Annual administration report of the Civil Veterinary Department of India - 1897-1898
Year: 1897
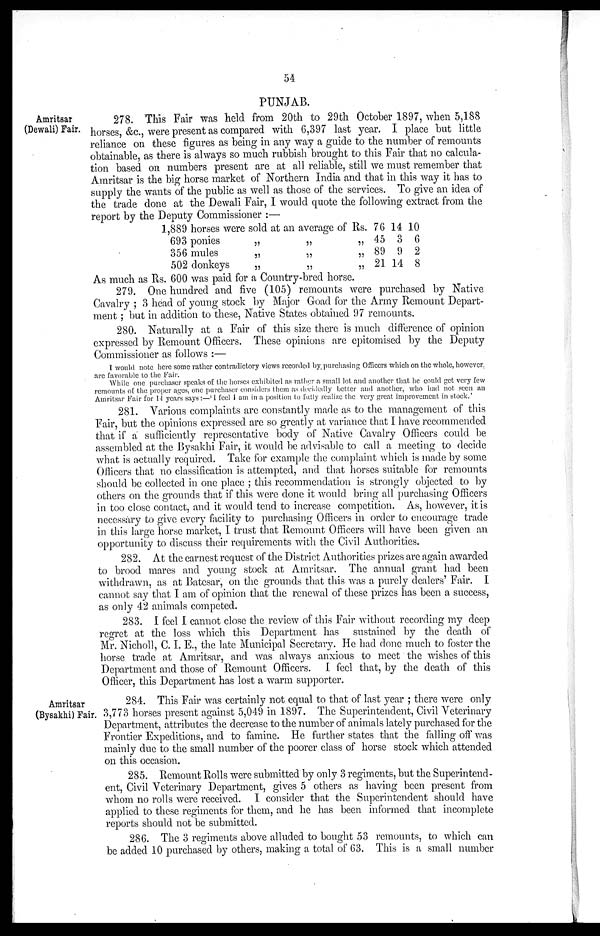
54
Amritsar
(Dewali) Fair.
278. This Fair was held from 20th to 29th October 1897, when 5,188
horses, &c., were present as compared with 6,397 last year. I place but little
reliance on these figures as being in any way a guide to the number of remounts
obtainable, as there is always so much rubbish brought to this Fair that no calcula-
tion based on numbers present are at all reliable, still we must remember that
Amritsar is the big horse market of Northern India and that in this way it has to
supply the wants of the public as well as those of the services. To give an idea of
the trade done at the Dewali Fair, I would quote the following extract from the
report by the Deputy Commissioner:—
1,889 horses were sold at an average of Rs.
693 ponies
356 mules
502 donkeys
„
„
„
„
„
„
„
„
„
76
45
89
21
14
3
9
14
10
6
2
8
As much as Rs. 600 was paid for a Country-bred horse.
279. One hundred and five (105) remounts were purchased by Native
Cavalry; 3 head of young stock by Major Goad for the Army Remount Depart-
ment; but in addition to these, Native States obtained 97 remounts.
280. Naturally at a Fair of this size there is much difference of opinion
expressed by Remount Officers. These opinions are epitomised by the Deputy
Commissioner as follows:—
I would note here some rather contradictory views recorded by, purchasing Officers which on the whole, however,
arc favorable to the Fair.
While one purchaser speaks of the horses exhibited as rather a small lot and another that he could get very few
remounts of the proper ages, one purchaser considers them as decidedly better and another, who had not seen an
Amritsar Fair for 14 years says:—' I feel I am in a position to fully realize the very great improvement in stock.'
281. Various complaints are constantly made as to the management of this
Fair, but the opinions expressed are so greatly at variance that I have recommended
that if a sufficiently representative body of Native Cavalry Officers could be
assembled at the Bysakhi Fair, it would be advisable to call a meeting to decide
what is actually required. Take for example the complaint which is made by some
Officers that no classification is attempted, and that horses suitable for remounts
should be collected in one place; this recommendation is strongly objected to by
others on the grounds that if this were done it would bring all purchasing Officers
in too close contact, and it would tend to increase competition. As, however, it is
necessary to give every facility to purchasing Officers in order to encourage trade
in this large horse market, I trust that Remount Officers will have been given an
opportunity to discuss their requirements with the Civil Authorities.
282. At the earnest request of the District Authorities prizes are again awarded
to brood mares and young stock at Amritsar. The annual grant had been
withdrawn, as at Batesar, on the grounds that this was a purely dealers' Fair. I
cannot say that I am of opinion that the renewal of these prizes has been a success,
as only 42 animals competed.
283. I feel I cannot close the review of this Fair without recording my deep
regret at the loss which this Department has sustained by the death of
Mr. Nicholl, C. I. E., the late Municipal Secretary. He had done much to foster the
horse trade at Amritsar, and was always anxious to meet the wishes of this
Department and those of Remount Officers. I feel that, by the death of this
Officer, this Department has lost a warm supporter.
Amritsar
(Bysakhi) Fair.
284. This Fair was certainly not equal to that of last year; there were only
3,773 horses present against 5,049 in 1897. The Superintendent, Civil Veterinary
Department, attributes the decrease to the number of animals lately purchased for the
Frontier Expeditions, and to famine. He further states that the falling off was
mainly due to the small number of the poorer class of horse stock which attended
on this occasion.
285. Remount Rolls were submitted by only 3 regiments, but the Superintend-
ent, Civil Veterinary Department, gives 5 others as having been present from
whom no rolls were received. I consider that the Superintendent should have
applied to these regiments for them, and he has been informed that incomplete
reports should not be submitted.
286. The 3 regiments above alluded to bought 53 remounts, to which can
be added 10 purchased by others, making a total of 63. This is a small number